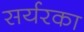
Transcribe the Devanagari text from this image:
सर्यरका